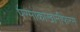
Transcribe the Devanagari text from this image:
परमोकाखोनीफेरस